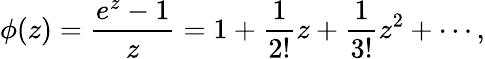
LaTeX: \phi(z)={\frac{e^{z}-1}{z}}=1+{\frac{1}{2!}}z+{\frac{1}{3!}}z^{2}+\cdots,